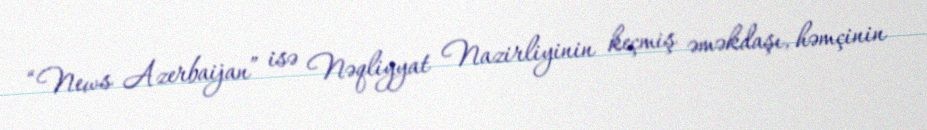
“News Azerbaijan” isə Nəqliyyat Nazirliyinin keçmiş əməkdaşı, həmçinin